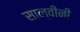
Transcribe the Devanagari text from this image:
साल्वीनी